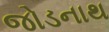
જોડનાથ